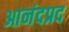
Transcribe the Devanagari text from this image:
आनंदप्रद